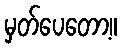
မှတ်ပေတော့။